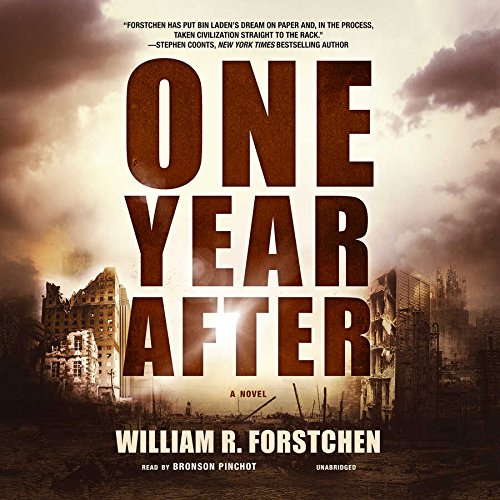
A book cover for One Year After; William R. Forstchen; Mystery, Thriller & Suspense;